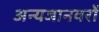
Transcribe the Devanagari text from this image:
अन्यजानवरों